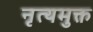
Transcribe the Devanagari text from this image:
नृत्यमुक्त